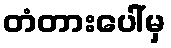
တံတားပေါ်မှ